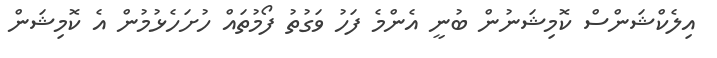
އިލެކްޝަންސް ކޮމިޝަނުން ބުނީ އެންމެ ފަހު ވަގުތު ފޯމުތައް ހުށަހެޅުމުން އެ ކޮމިޝަން